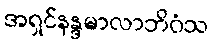
အရှင်နန္ဒမာလာဘိဝံသ